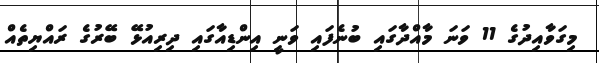
މިގަވާއިދުގެ 11 ވަނަ މާއްދާގައި ބުނެފައި ވަނީ އިންޑިއާގައި ދިރިއުޅޭ ބޭރުގެ ރައްޔިތެއް